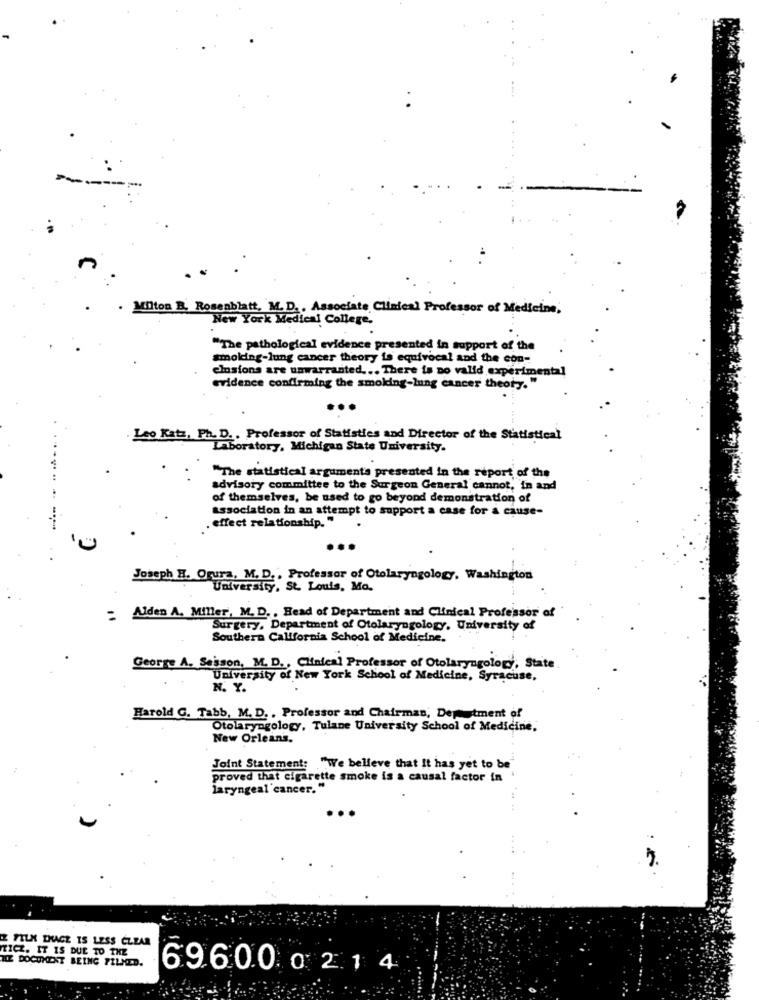
Milton B. Rosenblatt, M.D .. Associate Clinical Professor of Medicine,
New York Medical College,
"The pathological evidence presented in support of the
smolding-lung cancer theory is equivocal and the con-
elsions are unwarranted ... There is no valid experimental
evidence confirming the smoking-lung cancer theoty. "
Leo Katz, Ph. D .. Professor of Statistics and Director of the Statistical
Laboratory, Michigan State University.
"The statistical arguments presented in the report of the
advisory committee to the Surgeon General cannot, in and
of themselves, be used to go beyond demonstration of
association in an attempt to support a case for a cause-
effect relationship."
Joseph H. Ogura, M. D ., Professor of Otolaryngology, Washington
University, St. Louis, Mo.
- Alden A. Miller, M. D. , Head of Department and Clinical Professor of
Surgery, Department of Otolaryngology, University of
Southern California School of Medicine.
George A. Sesson, M. D ., Clinical Professor of Otolaryngolory, State
University of New York School of Medicine, Syracuse,
N. Y.
Harold G. Tabb, M. D. , Professor and Chairman, Depotment of
Otolaryngology, Tulane University School of Medicine,
New Orleans.
Joint Statement:
"We believe that It has yet to be"
proved that cigarette smoke is a causal factor in '
laryngeal cancer."
Z FILM LHACE IS LESS CLEAR
KICZ. IT IS DUE TO THE
HZ DOCUMENT BEING PILMED.
69.6.0.0 0 2.1 4